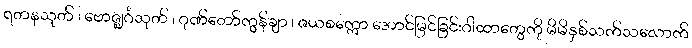
ရတနသုတ် ၊ ဗောဇ္ဈင်္ဂသုတ် ၊ ဂုဏ်တော်ကွန်ချာ ၊ ဇယစက္ကော အောင်မြင်ခြင်းဂါထာတွေကို မိမိနှစ်သက်သလောက်